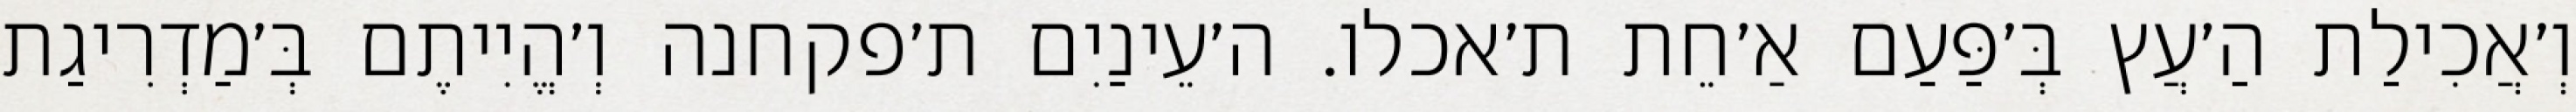
וְ׳אֲכִילַת הַ׳עֲץ בְּ׳פַּעַם אַ׳חֵת ת׳אכלו. ה׳עֵינַיִם ת׳פקחנה וְ׳הֱיִיתֶם בְּ׳מַדְרִיגַת